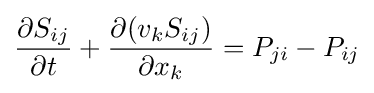
{\frac {\partial S_{ij}}{\partial t}}+{\frac {\partial (v_{k}S_{ij})}{\partial x_{k}}}=P_{ji}-P_{ij}